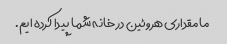
ما مقداری هروئین در خانه شما پیدا کرده ایم.